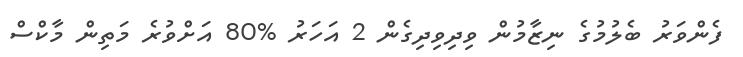
ފެންވަރު ބެލުމުގެ ނިޒާމުން ވިދިވިދިގެން 2 އަހަރު %80 އަށްވުރެ މަތިން މާކްސް